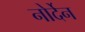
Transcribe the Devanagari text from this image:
नोर्देन